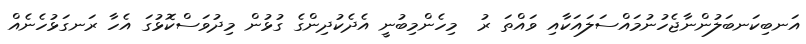
އަނބިކަނބަލުންނާޖެހުނުމައްސަލައަކާއި ވައްތަ ރު  މިހެންމިބުނީ އެދެކުދިންގެ ގުޅުން މިދުވަސްކޮޅުގަ އެހާ ރަނގަޅުހެނެއް